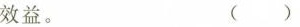
效益。 ()(